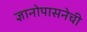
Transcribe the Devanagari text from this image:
ज्ञानोपासनेची